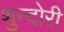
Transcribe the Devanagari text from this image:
शुन्दोरी